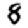
Digit: 8